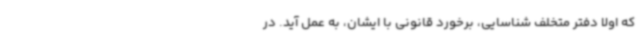
که اولا دفتر متخلف شناسایی، برخورد قانونی با ایشان، به عمل آید. در